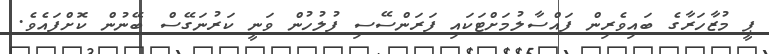
ޕީ މުޒާހަރާގެ ބައިވެރިން ފައްސާލުމަށްޓަކައި ފަރަންސޭސި ފުލުހުން ވަނީ ކަރުނަގޭސް ބޭނުން ކޮށްފައެވެ.